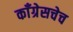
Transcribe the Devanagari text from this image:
काँग्रेसचेच